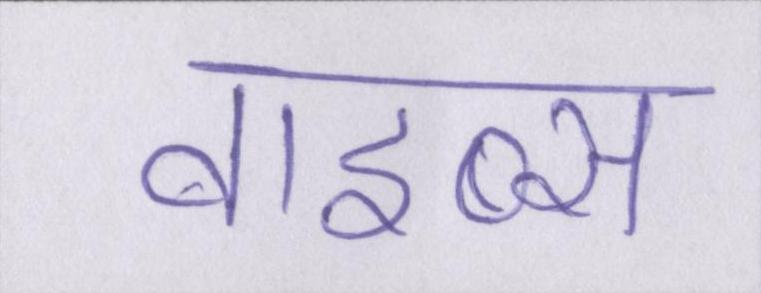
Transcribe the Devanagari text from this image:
वाइब्स